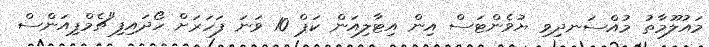
މައުލޫމާތު މުއްސަނދިވި ޔުވެންޓަސް އިން އިޓާލިއަން ކަޕް 10 ވަނަ ފަހަރަށް ހޯދައިފި"ޗެމްޕިއަންސް